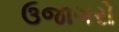
ઉજાગરો